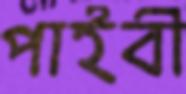
পাইবী